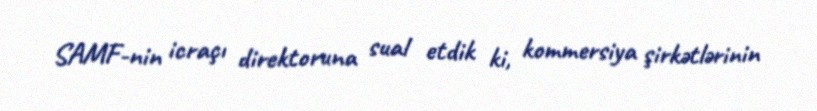
SAMF-nin icraçı direktoruna sual etdik ki, kommersiya şirkətlərinin